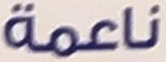
ناعمة